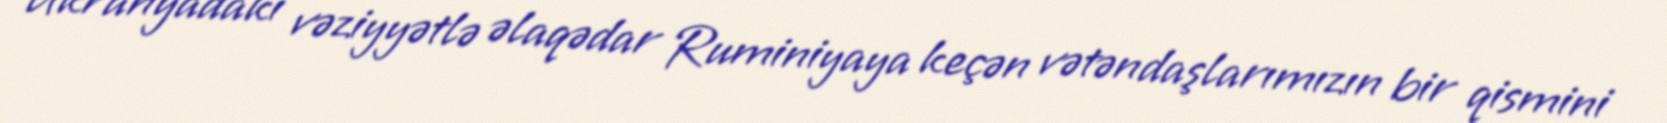
Ukranyadakı vəziyyətlə əlaqədar Ruminiyaya keçən vətəndaşlarımızın bir qismini